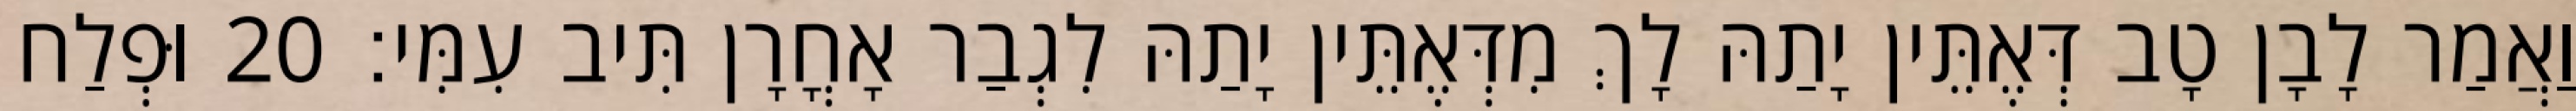
וַאֲמַר לָבָן טָב דְּאֶתֵּין יָתַהּ לָךְ מִדְּאֶתֵּין יָתַהּ לִגְבַר אָחֳרָן תִּיב עִמִּי׃ 20 וּפְלַח